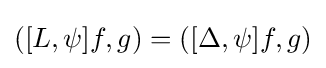
([L,\psi ]f,g)=([\Delta ,\psi ]f,g)